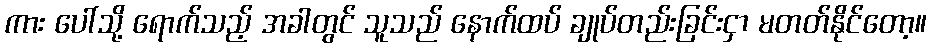
ကား ပေါ်သို့ ရောက်သည့် အခါတွင် သူသည် နောက်ထပ် ချုပ်တည်းခြင်းငှာ မတတ်နိုင်တော့။